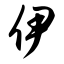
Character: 伊